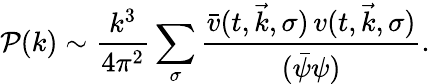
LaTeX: \mathcal{P}(k)\sim\frac{k^{3}}{4\pi^{2}}\sum_{\sigma}\frac{\bar{v}(t,\vec{k},\sigma)\, v(t,\vec{k},\sigma)}{(\bar{\psi}\psi)}.